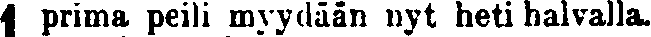
1 prima peili myydään nyt heti halvalla.